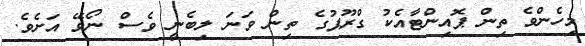
މިހެންވެ ތިން ޕޮއިންޓާއެކު ގްރޫޕުގެ ތިން ވަނަ ލިބެނީ ވެސް ނޯވޭ އަށެވެ.